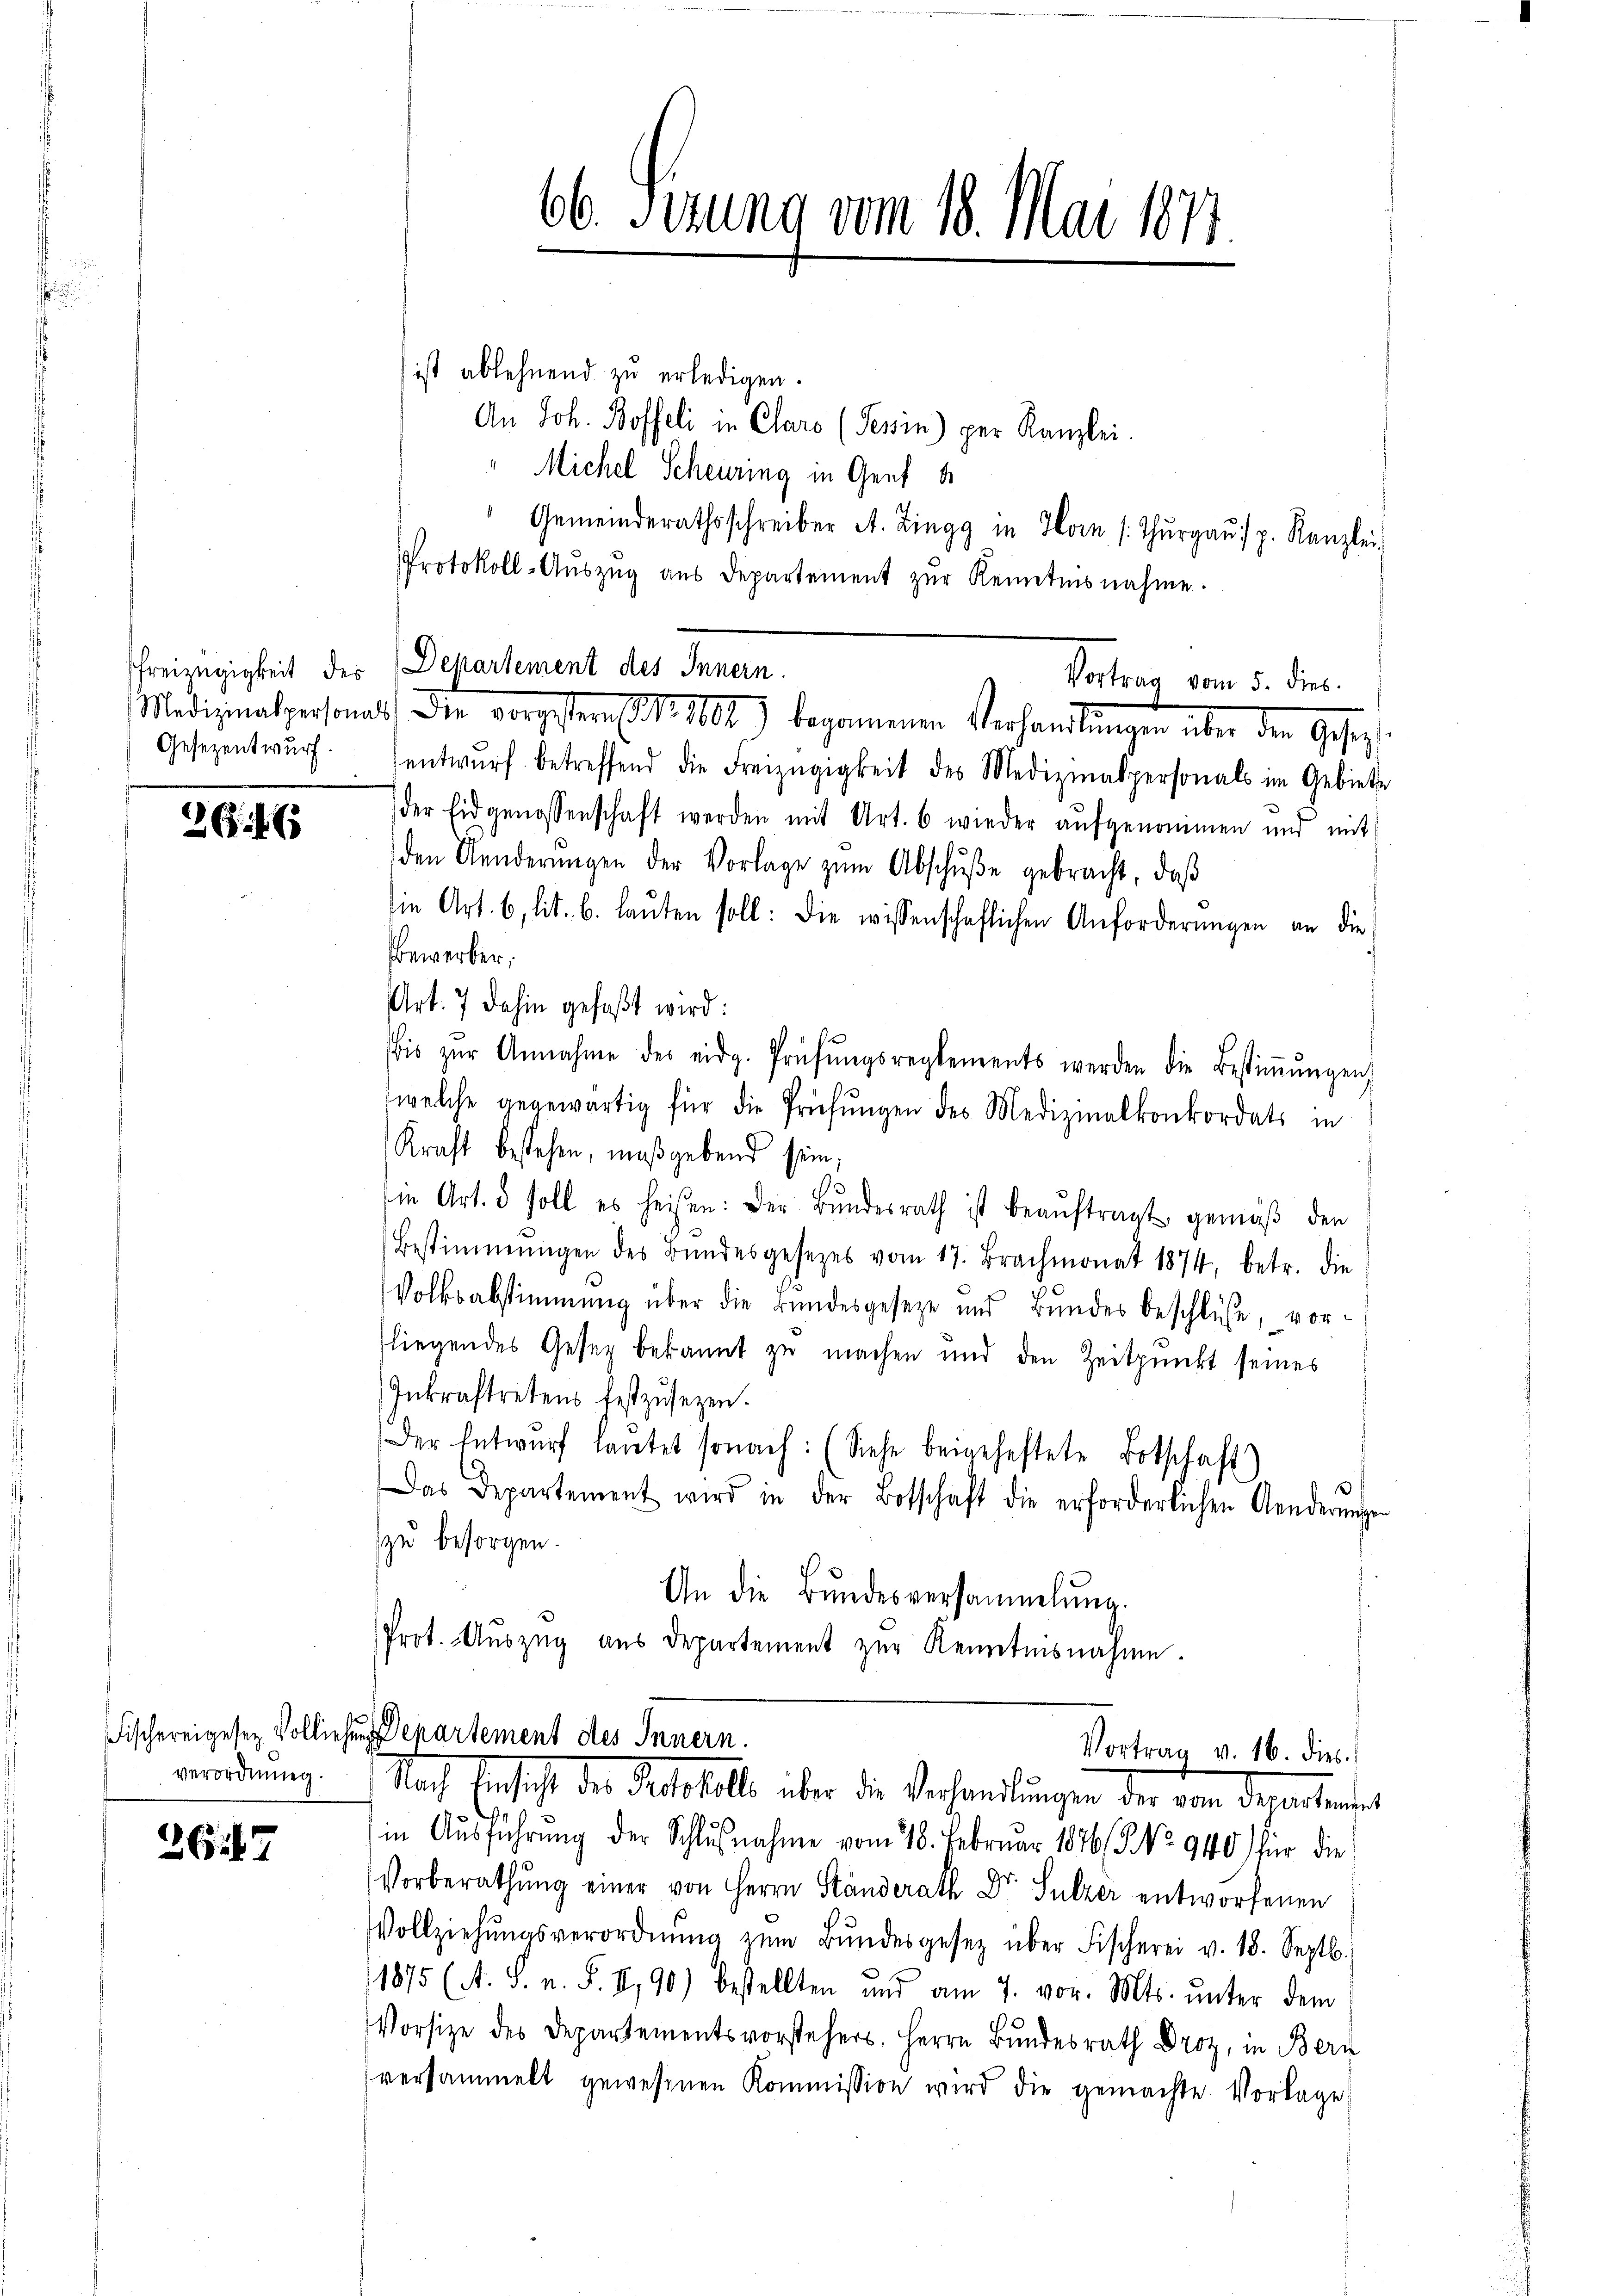
Gesezentwurf.

266

verordnung.

2617

Freizügigkeit der Departement des Innern.

66. Serung vom 18. Mai 1877.

ist ablehnend zu erledigen.
An Joh. Boffeli in Clare (Tessin) per Kanzlei.
" Michel Scheuring in Genf b
Gemeinderathsschreiber A. Zingg in Horn [Thŭrgaŭ / p. Kanzlei
Protokoll-Aŭszŭg aŭs Departement zŭr Kenntnisnahme.
entwŭrf betreffend die Freizügigkeit des Medizinalpersonals im Gebiete
der Eidgenossenschaft werden mit Art. 6 wieder aŭfgenommen und mit
den Aenderŭngen der Vorlage zŭm Abschŭβe gebracht, daß
ie Art. 6, lit. b. laŭten soll: die wissenschaftlichen Anforderungen an die
Bewerber,
Art. 7 dahin gefaßt wird:
bis zŭr Annahme des eidg. Prüfŭngsreglements werden die Bestiṁŭngen,
welche gegewärtig für die Prüfŭngen des Medizinalkonkordats in
Kraft bestehen, maßgebend sein;
s
die Art. 5 soll es heißen: Der Bŭndesrath ist beaŭftragt gemäβ den
Bestimmungen des Bŭndesgesetzes vom 17. Brachmonat 1874, betr. die
Volksabstimmung über die Bundesgeseze und Bundes beschlüsse, vorfliegendes Gesez bekannt zu machen und den Zeitpunkt seines
Inkraftretens festzusetzen.
Der Entwŭrf laŭtet sonach: (Siehe beigeheftete Botschaft)
Das Departement wird in der Botschaft die erforderlichen Aenderungen
zu besorgen.
An die Bundesversammlung.
Prot. Aŭszŭg aŭs departement zŭr Kenntnisnahme.
Fischereigesen Volliehen Departement des Innern.
Vortrag v. 16. dies
Nach Einsicht der Feststelle über die Verhandlungen der von Departinste
in Aŭsführŭng der Schlŭβnahme vom 18. Februar 1876 (5. No. 940 für die
Vorberathŭng einer von Herrn Ständerath Dr. Sulzer entworfenen
Vollziehŭngsverordnŭng zŭm Bŭndesgesetz über Fischerei v. 18. Septb.
1875 (A. S. n. F. II,90) bestellten und am 7. vor. Mts. unter dem
Vorsize des Departementsvorstehers, Herrn Bundesrath Droz, in Bern
versammelt gewesenen Kommission wird die gemachte Vorlage

Medizinalsersammt, die vorgestern d. 101.) begemeinen Verhandlungen über den Gesezt

Vortrag vom 5. dies